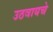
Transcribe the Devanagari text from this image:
उठवायचे